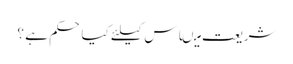
شریعت میںاس کیلئے کیا حکم ہے ؟